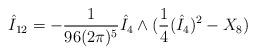
LaTeX: \begin{align*}\hat{I}_{12} = - \frac{1}{96(2\pi)^5} \hat{I}_4 \wedge ( \frac{1}{4} (\hat{I}_4)^2 - X_8 )\end{align*}